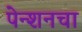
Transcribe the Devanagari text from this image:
पेन्शनचा